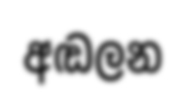
අඬලන